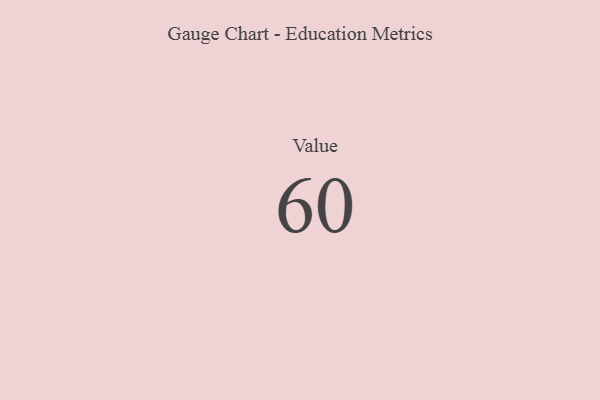
{"axis": {"x": "Metric", "y": "Value"}, "legend": [""], "data": [{"x": "Value", "y": 60, "type": ""}]}